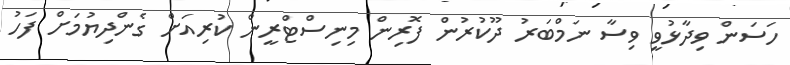
ހަސަން ވިދާޅުވީ ވިސާ ނަމްބަރު ދޫކުރުން ފޮރިން މިނިސްޓްރީން ކުރިއަށް ގެންދިޔުމަށް ފަހު